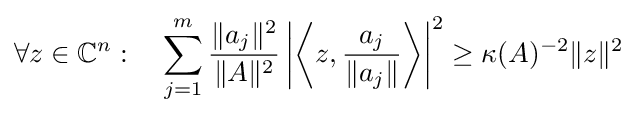
\forall z\in \mathbb {C} ^{n}:\quad \sum _{j=1}^{m}{\frac {\|a_{j}\|^{2}}{\|A\|^{2}}}\left|\left\langle z,{\frac {a_{j}}{\|a_{j}\|}}\right\rangle \right|^{2}\geq \kappa (A)^{-2}{\|z\|^{2}}